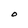
Character: O